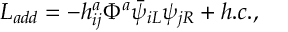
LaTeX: { \cal L } _ { a d d } = - h _ { i j } ^ { a } \Phi ^ { a } \bar { \psi } _ { i L } \psi _ { j R } + h . c . ,